Manual of the Civil Veterinary Department, Central Provinces and Berar
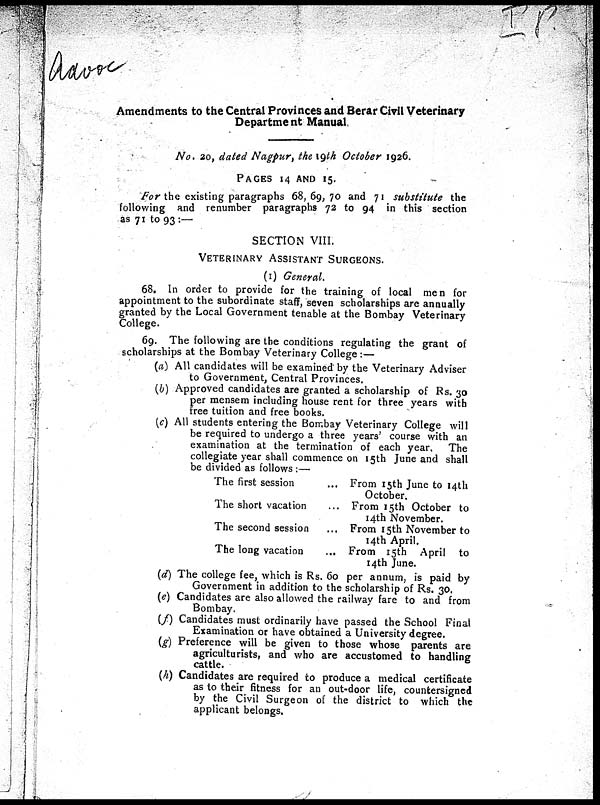
Amendments to the Central Provinces and Berar Civil Veterinary
Department Manual.
No. 20, dated Nagpur, the 19th October 1926.
PAGES
14 AND 15.
For the existing paragraphs 68,69,70 and 71 substitute the
following and renumber paragraphs 72 to 94 in this section
as 71 to 93 :—
SECTION VIII.
VETERINARY
ASSISTANT
SURGEONS.
(1) General.
68. In order to provide for the training of local men for
appointment to the subordinate staff, seven scholarships are annually
granted by the Local Government tenable at the Bombay Veterinary
College.
69. The following are the conditions regulating the grant of
scholarships at the Bombay Veterinary College:—
(a) All candidates will be examined by the Veterinary Adviser
to Government, Central Provinces.
(b) Approved candidates are granted a scholarship of Rs. 30
per mensem including house rent for three years with
free tuition and free books.
(c) All students entering the Bombay Veterinary College will
be required to undergo a three years' course with an
examination at the termination of each year.
The
collegiate year shall commence on 15th June and shall
be divided as follows :—
The first session
The short vacation
The second session
The long vacation
...
...
...
...
From 15th June to 14th
October.
From 15th October to
14th November.
From 15th November to
14th April.
From 15th April to
14th June.
(d) The college fee, which is Rs. 60 per annum, is paid by
Government in addition to the scholarship of Rs. 30.
(e) Candidates are also allowed the railway fare to and from
Bombay.
(f) Candidates must ordinarily have passed the School Final
Examination or have obtained a University degree.
(g) Preference will be given to those whose parents are
agriculturists, and who are accustomed to handling
cattle.
(h) Candidates are required to produce a medical certificate
as to their fitness for an out-door life, countersigned
by the Civil Surgeon of the district to which the
applicant belongs.